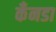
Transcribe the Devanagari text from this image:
कँनडा